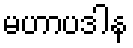
မဟာပဒါန